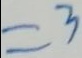
= 3